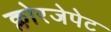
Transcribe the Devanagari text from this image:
क्लोरजेपेट